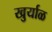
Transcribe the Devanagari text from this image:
खुर्याळ